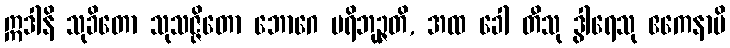
ဣဒါနိ သုခိတော သုသဇ္ဇိတော ဘောဂေ ပရိဘုဉ္ဇတိ, အထ ခေါ တီသု ဒွါရေသု ဧကေနာပိ